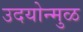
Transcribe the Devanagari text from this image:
उदयोन्मुळ